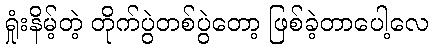
ရှုံးနိမ့်တဲ့ တိုက်ပွဲတစ်ပွဲတော့ ဖြစ်ခဲ့တာပေါ့လေ